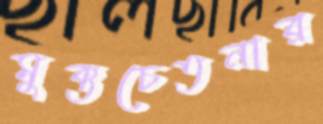
মুক্তচেতনার